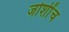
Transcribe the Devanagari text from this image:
जोशींच